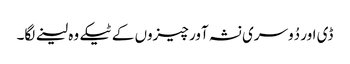
ڈی اور دُوسری نشہ آور چیزوں کے ٹیکے وہ لینے لگا۔